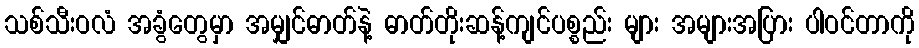
သစ်သီးဝလံ အခွံတွေမှာ အမျှင်ဓာတ်နဲ့ ဓာတ်တိုးဆန့်ကျင်ပစ္စည်း များ အများအပြား ပါဝင်တာကို